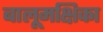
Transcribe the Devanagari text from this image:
बालूमक्षिका